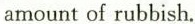
amount of rubbish.